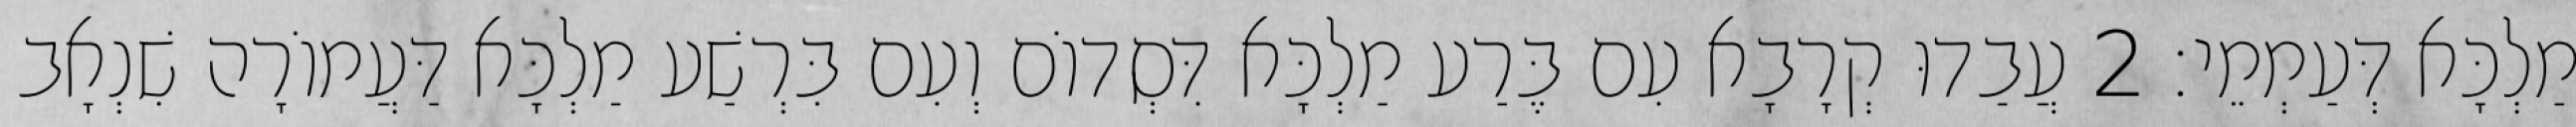
מַלְכָּא דְּעַמְמֵי׃ 2 עֲבַדוּ קְרָבָא עִם בֶּרַע מַלְכָּא דִּסְדוֹם וְעִם בִּרְשַׁע מַלְכָּא דַּעֲמוֹרָה שִׁנְאָב